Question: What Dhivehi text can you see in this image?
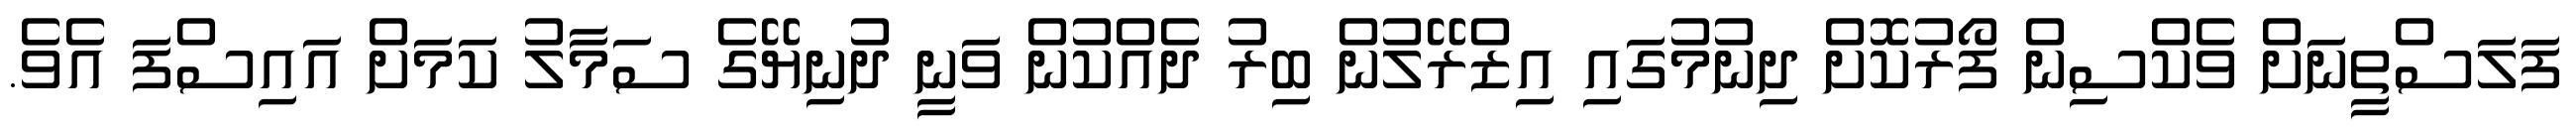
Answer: ފަލަސްތީނަށް ވެކްސިން ފޯރުކޮށް ދިނުމުގައި އިޒްރޭލުން ބިރު ދެއްކުން ވަނީ ދުނިޔޭގެ ސަމާލު ކަމަށް އައިސްފަ އެވެ.